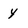
Character: y